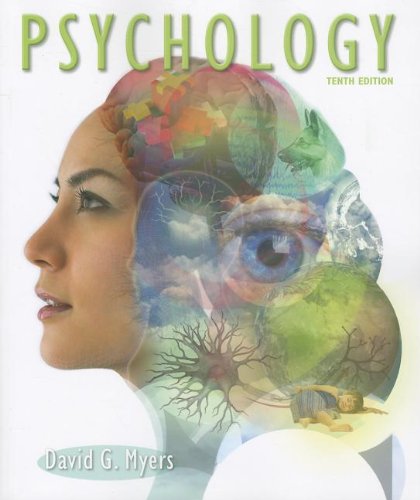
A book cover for Psychology; David G. Myers; Medical Books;